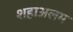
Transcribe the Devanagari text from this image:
शहाअलम